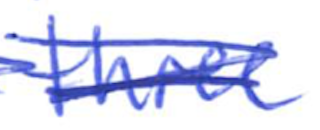
Text: three
Cross-out: scratch
Writing tool: ballpoint